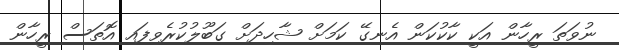
ނުވަތަ ރީހާން އަކީ ކާކުކަން އެނގޭ ކަމަށް ޝާހިދަށް ގަބޫލުކުރެވިފައި އޮތަސް ރީހާން